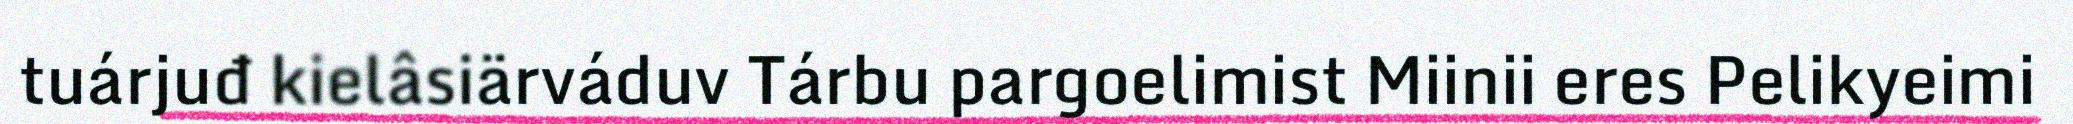
tuárjuđ kielâsiärváduv Tárbu pargoelimist Miinii eres Pelikyeimi